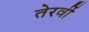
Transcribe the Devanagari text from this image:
तेरवीं